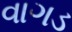
વાગડ